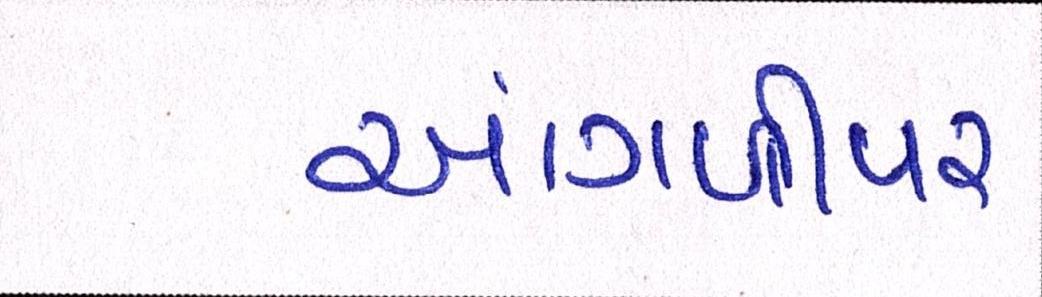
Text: આંગળીપર